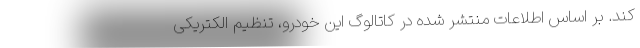
کند. بر اساس اطلاعات منتشر شده در کاتالوگ این خودرو، تنظیم الکتریکی